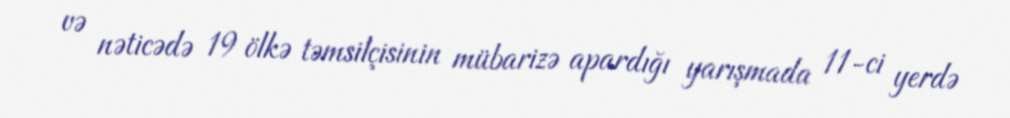
və nəticədə 19 ölkə təmsilçisinin mübarizə apardığı yarışmada 11-ci yerdə